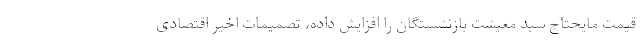
قیمت مایحتاج سبد معیشت بازنشستگان را افزایش داده، تصمیمات اخیر اقتصادی